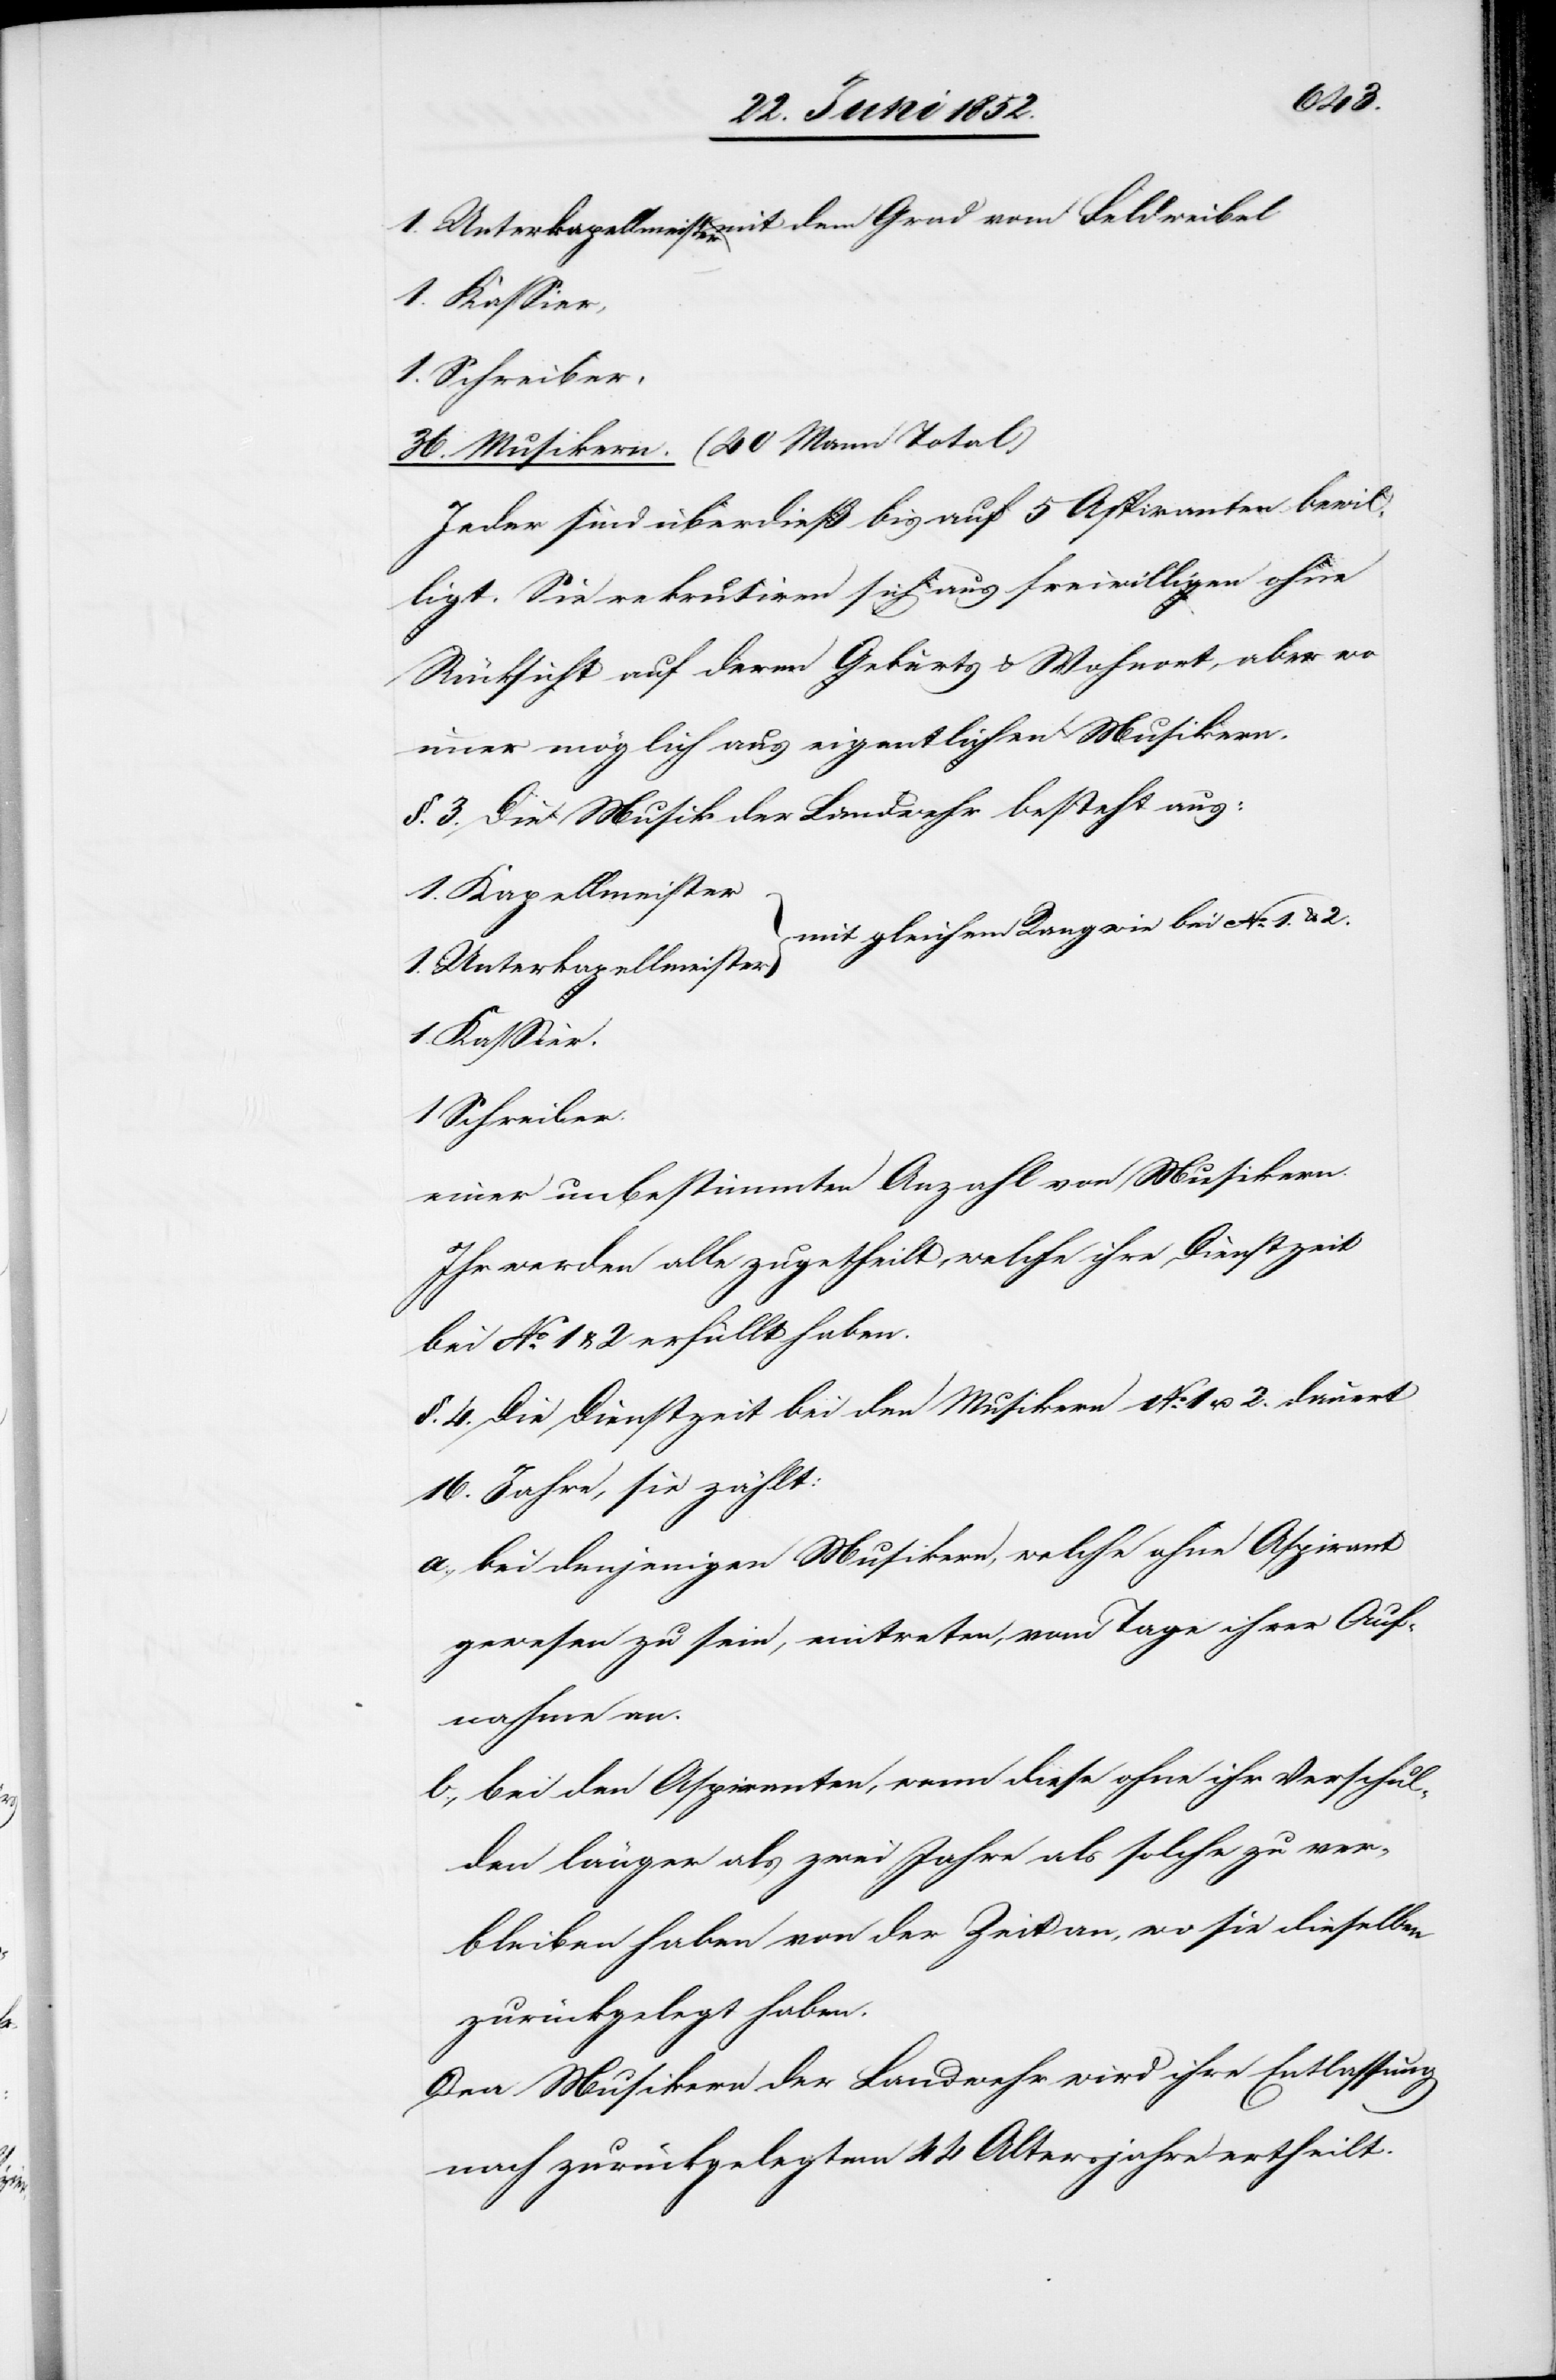
1. Unterkapellmeister mit dem Grad vom Feldweibel
1. Kassier,
1. Schreiber,
36. Musikern. (40 Mann Total)
Jeder sind überdieß bis auf 5 Aspiranten bewil¬
ligt. Sie rekrutiren sich aus freiwilligen
Rücksicht auf deren Geburts[-] & Wohnort, aber wo
immer möglich aus eigentlichen Musikern.
§. 3. Die Musik der Landwehr besteht aus:
1. Kapellmeister
mit gleichem Rang wie bei No. 1. & 2.
1. Unterkapellmeister
1. Kassier.
1 Schreiber.
einer unbestimmten Anzahl von Musikern.
Ihr werden alle zugetheilt, welche ihre Dienstzeit
bei No. 1 & 2 erfüllt haben.
§. 4. Die Dienstzeit bei den Musikern No. 1 u. 2. dauert
16. Jahre, sie zählt:
bei denjenigen Musikern, welche ohne Aspirant
gewesen zu sein, eintreten, vom Tage ihrer Auf¬
nahme an.
bei den Aspiranten, wenn diese ohne ihr Verschul¬
den länger als zwei Jahre als solche zu ver¬
bleiben haben von der Zeit an, wo sie dieselben
zurückgelegt haben.
Den Musikern der Landwehr wird ihre Entlassung
nach zurückgelegtem 44 Altersjahre ertheilt.